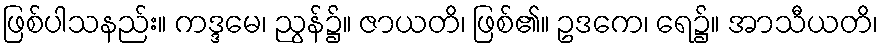
ဖြစ်ပါသနည်း။ ကဒ္ဒမေ၊ ညွန်၌။ ဇာယတိ၊ ဖြစ်၏။ ဥဒကေ၊ ရေ၌။ အာသီယတိ၊